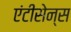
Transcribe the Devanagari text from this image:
एंटीसेन्स